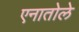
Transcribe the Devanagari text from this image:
एनातोले